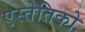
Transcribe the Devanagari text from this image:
एस्तेतिको